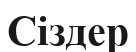
Сіздер